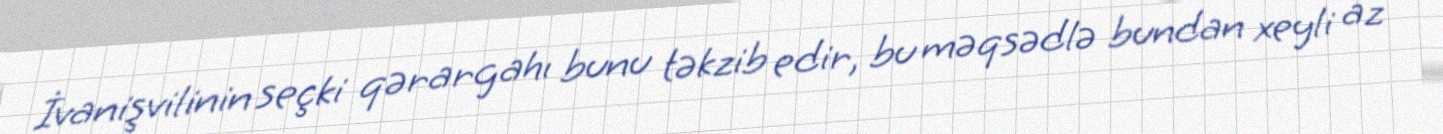
İvanişvilinin seçki qərargahı bunu təkzib edir, bu məqsədlə bundan xeyli az